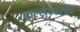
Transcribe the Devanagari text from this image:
कल्लेश्वराचे